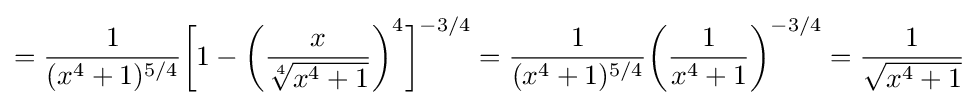
={\frac {1}{(x^{4}+1)^{5/4}}}{\biggl [}1-{\biggl (}{\frac {x}{\sqrt[{4}]{x^{4}+1}}}{\biggr )}^{4}{\biggr ]}^{-3/4}={\frac {1}{(x^{4}+1)^{5/4}}}{\biggl (}{\frac {1}{x^{4}+1}}{\biggr )}^{-3/4}={\frac {1}{\sqrt {x^{4}+1}}}